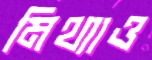
মিথ্যাও